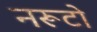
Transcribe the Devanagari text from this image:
नरूटो